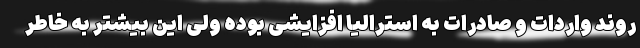
روند واردات و صادرات به استرالیا افزایشی بوده ولی این بیشتر به خاطر